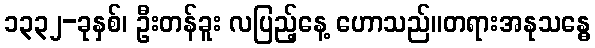
၁၃၃၂-ခုနှစ်၊ ဦးတန်ခူး လပြည့်နေ့ ဟောသည်။တရားအနုသန္ဓေ